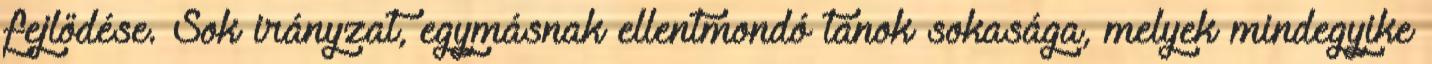
fejlődése. Sok irányzat, egymásnak ellentmondó tanok sokasága, melyek mindegyike